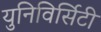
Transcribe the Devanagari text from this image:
युनिविर्सिटी